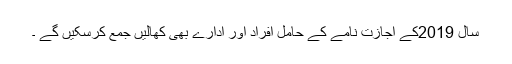
سال 2019کے اجازت نامے کے حامل افراد اور ادارے بھی کھالیں جمع کرسکیں گے ۔